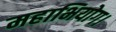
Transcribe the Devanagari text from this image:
महाभियोग।